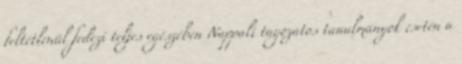
feltétlenül fedezi teljes egészében Nappali tagozatos tanulmányok esetén a